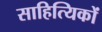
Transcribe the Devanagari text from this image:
साहित्‍यिकों